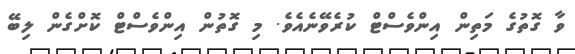
ވާ ގޮތުގެ މަތިން އިންވެސްޓް ކުރެވޭނެއެވެ. މި ގޮތުން އިންވެސްޓް ކޮށްގެން ލިބޭ